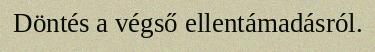
Döntés a végső ellentámadásról.